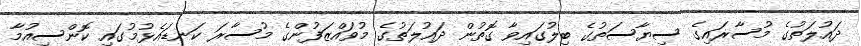
ދައުލަތުގެ މުސާރައިގެ ސިޔާސަތުގެ ބިލުގައިވާ ގޮތުން ދައުލަތުގެ މުވައްޒަފުންގެ މުސާރަ ކަނޑައެޅުމުގައި ކޮންސިއުމާ